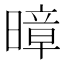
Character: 暲